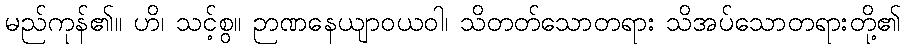
မည်ကုန်၏။ ဟိ၊ သင့်စွ။ ဉာဏနေယျာဝယဝါ၊ သိတတ်သောတရား သိအပ်သောတရားတို့၏